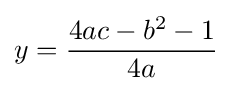
y={\frac {4ac-b^{2}-1}{4a}}